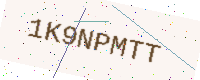
Text: 1K9NPMTT